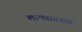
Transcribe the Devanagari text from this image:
लाभप्राप्तकर्ता